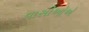
વાસીઓએ